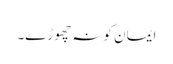
ایمان کو نہ چھوڑے۔